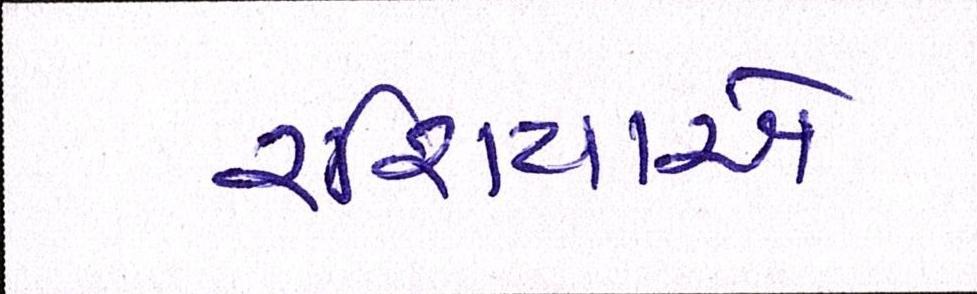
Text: રશિયાએ